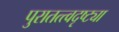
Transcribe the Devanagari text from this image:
पुरातत्त्वदृष्ट्या